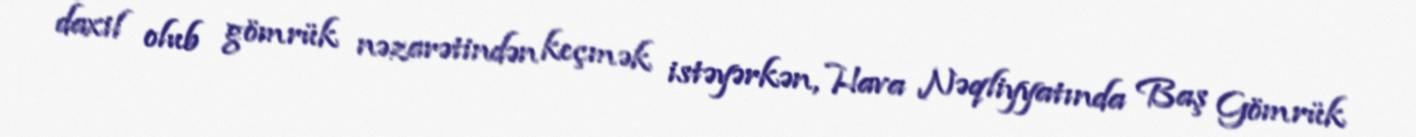
daxil olub gömrük nəzarətindən keçmək istəyərkən, Hava Nəqliyyatında Baş Gömrük